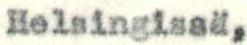
Helsingissä,